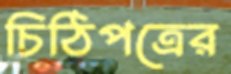
চিঠিপত্রের